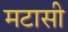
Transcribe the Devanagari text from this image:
मटासी